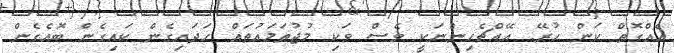
އެއްގޮތް ކަން ހުރޭ. އޭއްޗެހިންނަކީ ވެސް ވަކި މުޖުތަމަޢުތައް ހަދައިގެން ކައިގެން ބޮއެގެން